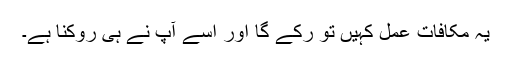
یہ مکافاتِ عمل کہیں تو رُکے گا اور اسے آپ نے ہی روکنا ہے۔